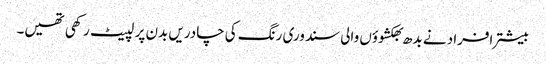
بیشتر افراد نے بدھ بھکشوؤں والی سندوری رنگ کی چادریں بدن پر لپیٹ رکھی تھیں۔